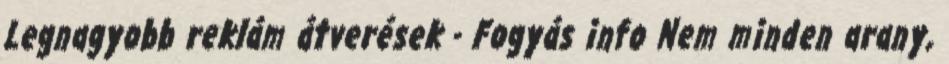
Legnagyobb reklám átverések - Fogyás info Nem minden arany,